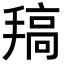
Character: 𢲤